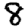
Digit: 8